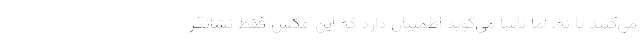
می‌کنند یا نه، اما ناسا می‌گوید اطمینان دارد که این عکس فقط نشانگر